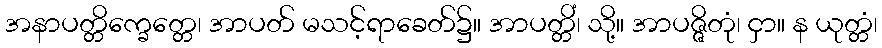
အနာပတ္တိက္ခေတ္တေ၊ အာပတ် မသင့်ရာခေတ်၌။ အာပတ္တိံ၊ သို့။ အာပဇ္ဇိတုံ၊ ငှာ။ န ယုတ္တံ၊